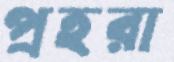
প্রহরা